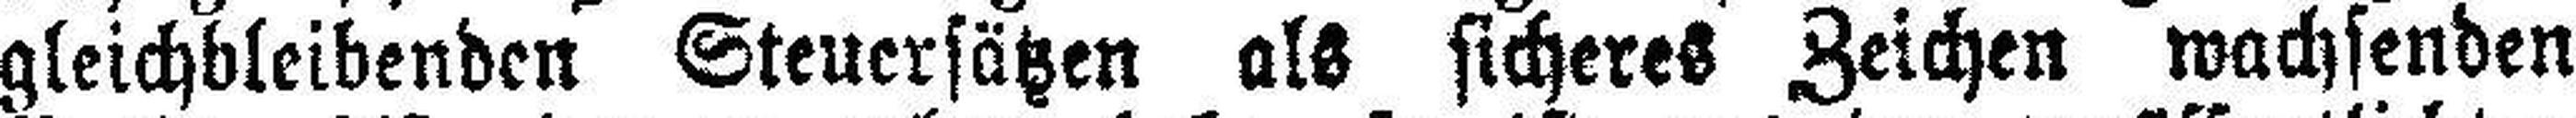
gleichbleibenden Steuersätzen als sicheres Zeichen wachsenden